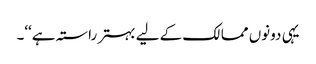
یہی دونوں ممالک کے لیے بہتر راستہ ہے‘‘۔